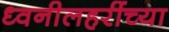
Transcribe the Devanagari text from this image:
ध्वनीलहरींच्या